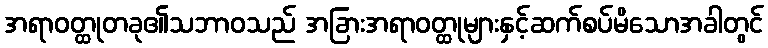
အရာဝတ္ထုတခု၏သဘာဝသည် အခြားအရာဝတ္ထုများနှင့်ဆက်စပ်မိသောအခါတွင်